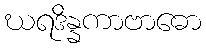
ဃရဒိန္နကာဗာဓော